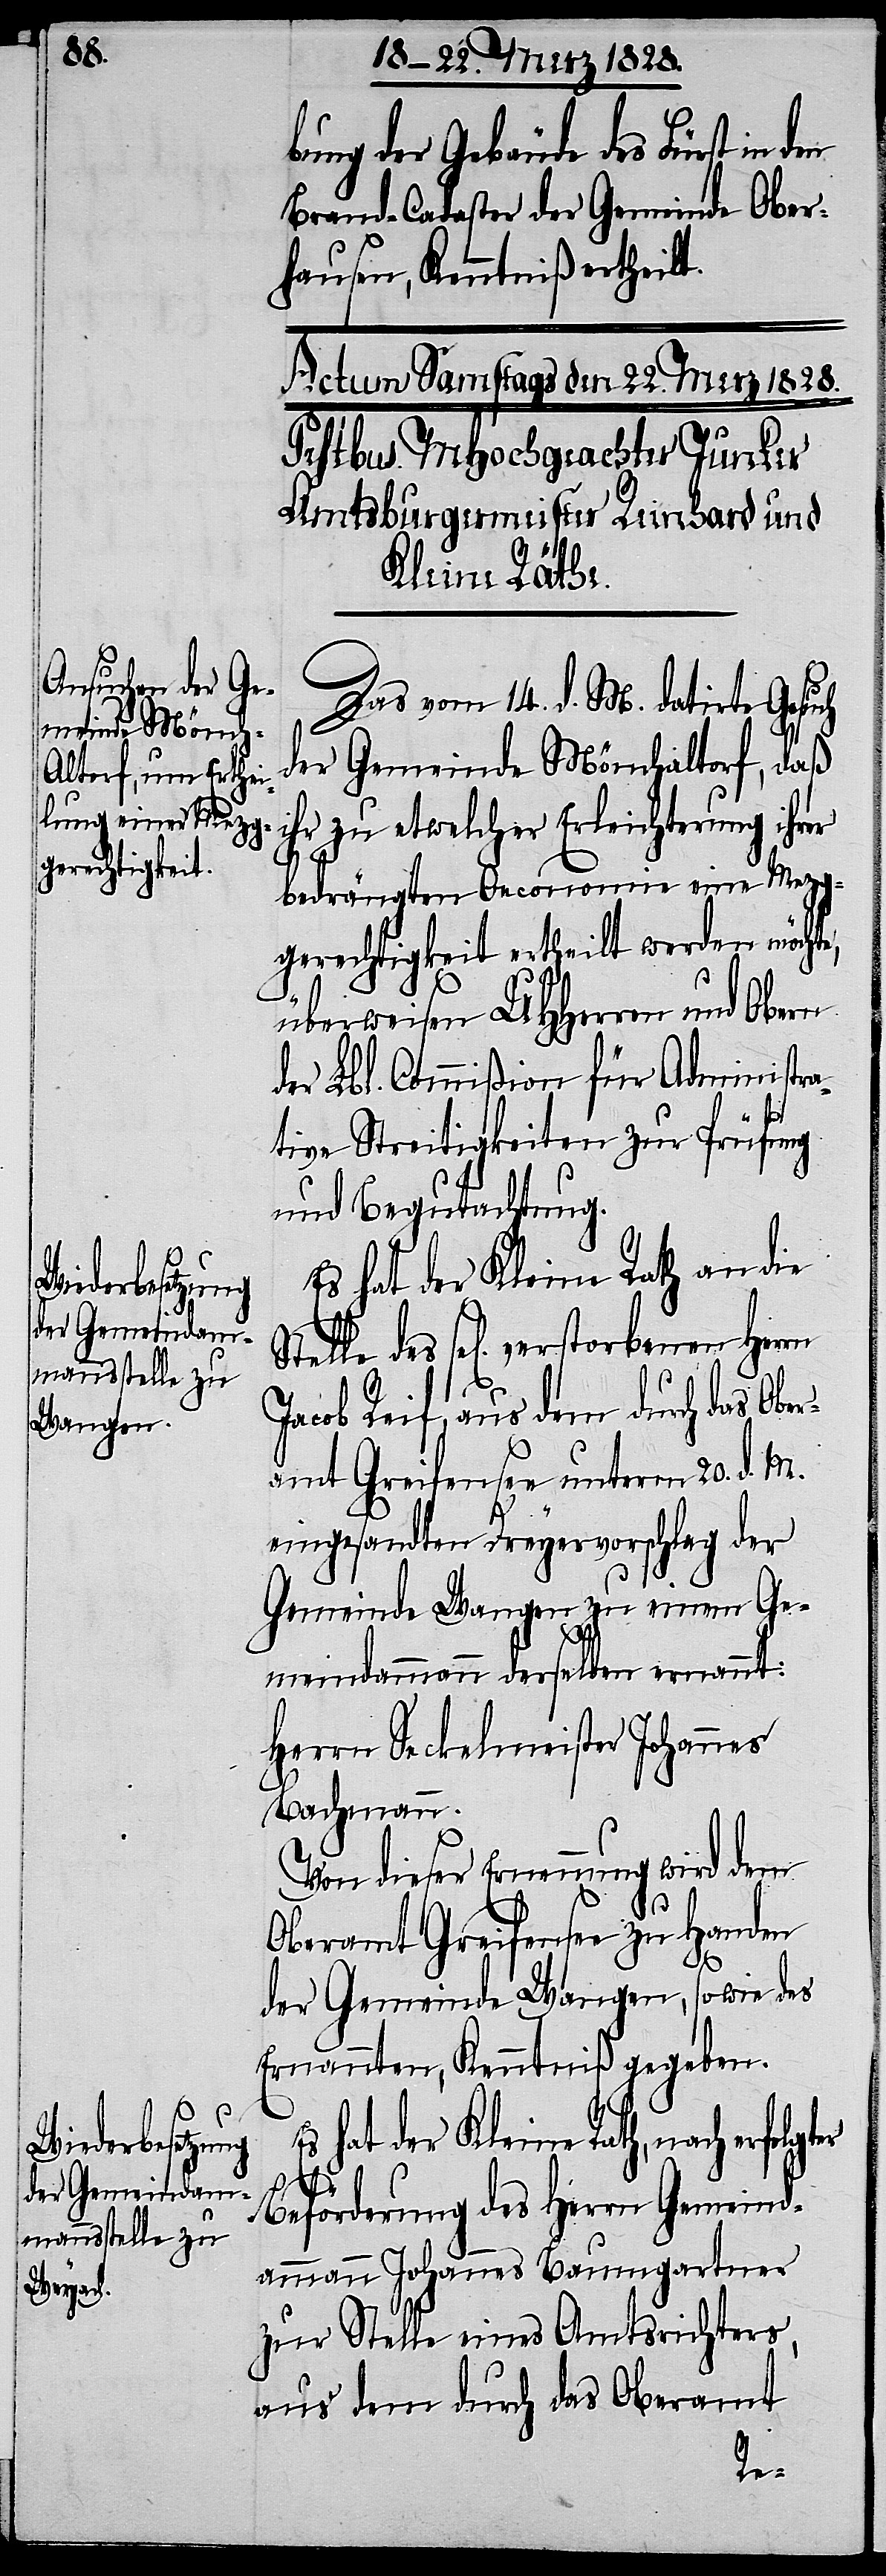
bung der Gebäude des Fürst in
Brand-Cadaster der Gemeinde Ober¬
hausen, Kenntniß ertheilt.
Das vom 14. d. M. datirte Gesuch
der Gemeinde Mönchaltorf, daß
ihr zu etwelcher Erleichterung ihrer
bedrängten Oeconomie eine Mezg¬
gerechtigkeit ertheilt werden möchte,
überweisen UHHerren und Obern
der Lbl. Commißion für Administra¬
tive Streitigkeiten zur Prüfung
und Begutachtung.
Es hat der Kleine Rath an die
Stelle des sel[ig] verstobenen Herrn
Ober¬
Jacob Reif, aus dem durch das
amt Greifensee unterm 20. d. M.
eingesandten Dreyervorschlag der
Gemeinde Wangen zu einem Ge¬
meindammann derselben ernannt:
Herrn Seckelmeister Johannes
Bachmann.
Von dieser Ernennung wird dem
Oberamt Greifensee zu Handen
der Gemeinde Wangen, so wie des
Ernannten, Kenntniß gegeben.
hat der Kleine Rath, nach erfol¬
gter
Beförderung des Herrn Gemeind¬
ammann Johannes Baumgartner
zur Stelle eines Amtsrichters,
aus dem durch das Oberamt
den